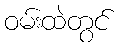
ဝမ်းထဲတွင်